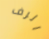
الرف